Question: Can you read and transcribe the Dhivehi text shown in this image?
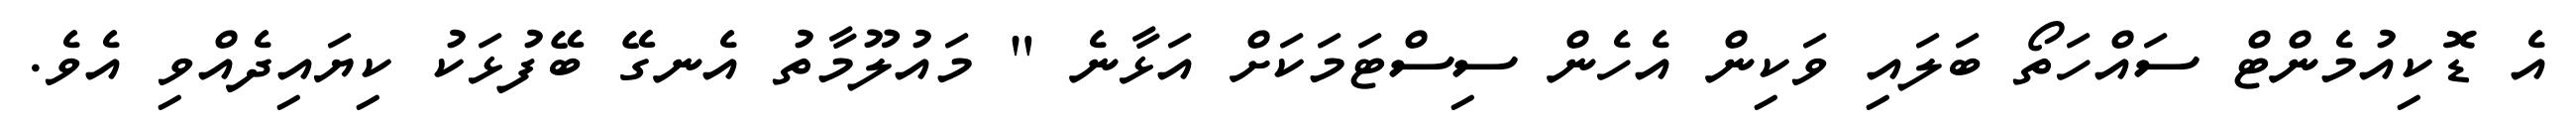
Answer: އެ ޑޮކިއުމެންޓް ސައްހަތޯ ބަލައި ވަކިން އެހެން ސިސްޓަމަކަށް އަޅާނެ " މައުލޫމާތު އެނގޭ ބޭފުޅަކު ކިޔައިދެއްވި އެވެ.